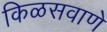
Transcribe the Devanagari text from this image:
किळसवाणे